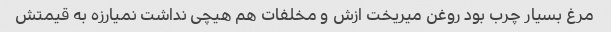
مرغ بسیار چرب بود روغن میریخت ازش و مخلفات هم هیچی نداشت نمیارزه به قیمتش